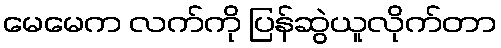
မေမေက လက်ကို ပြန်ဆွဲယူလိုက်တာ